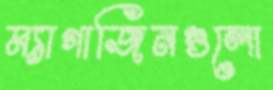
ম্যাগাজিনগুলো